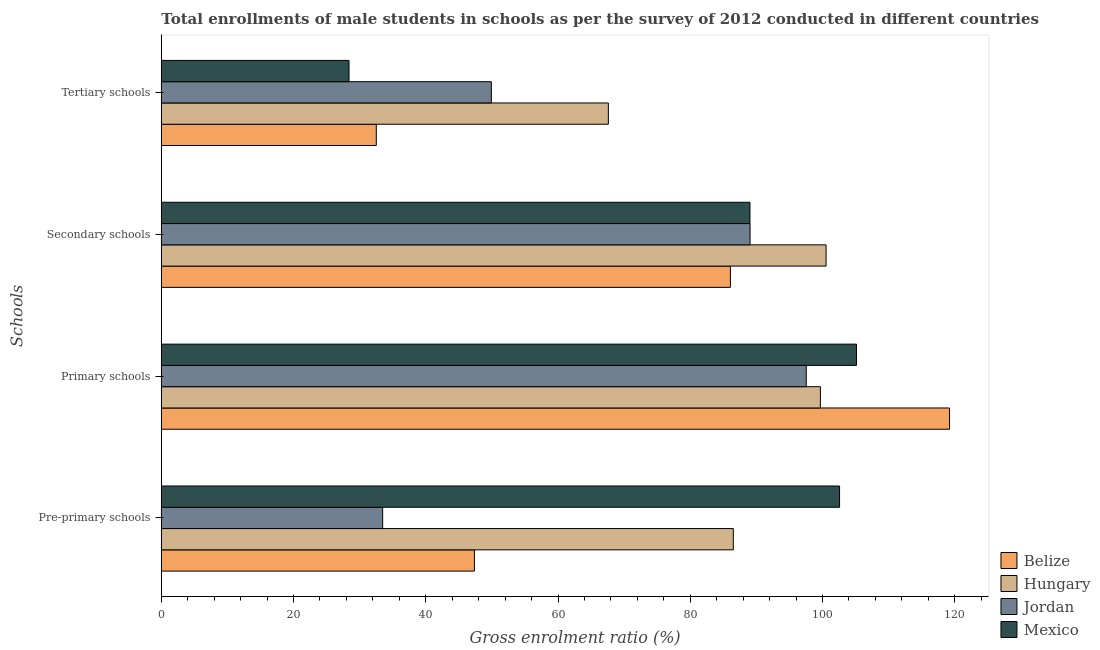
| Schools | Belize | Hungary | Jordan | Mexico |
 | --- | --- | --- | --- | --- |
 | Pre-primary schools | 47.4 | 86.5 | 33.5 | 103 |
 | Primary schools | 119 | 99.7 | 97.5 | 105 |
 | Secondary schools | 86.1 | 101 | 89 | 89 |
 | Tertiary schools | 32.5 | 67.6 | 49.9 | 28.4 |